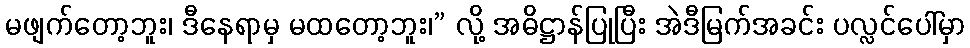
မဖျက်တော့ဘူး၊ ဒီနေရာမှ မထတော့ဘူး၊” လို့ အဓိဋ္ဌာန်ပြုပြီး အဲဒီမြက်အခင်း ပလ္လင်ပေါ်မှာ